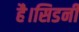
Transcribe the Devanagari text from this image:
है।सिडनी